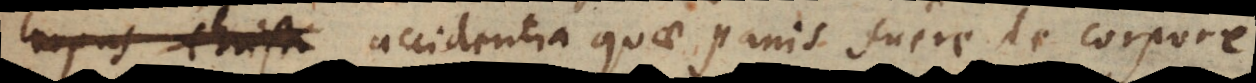
corpus Christi accidentia quae panis fuere, de corpore